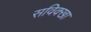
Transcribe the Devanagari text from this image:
सविक्खा